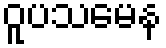
ဝူပသမေန